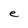
Character: e